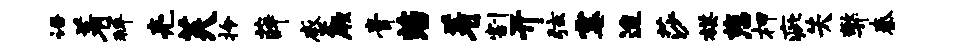
语着拜亮芙拎薛蹙厥膏藩着割开弦霎迨莎棋慈柙疵失弊秦